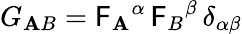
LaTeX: G_{\mathbf{A}B}=\mathsf{{F}}_{\mathbf{A}}{}^{\alpha}\, \mathsf{{F}}_{B}{}^{\beta}\, \delta_{\alpha\beta}